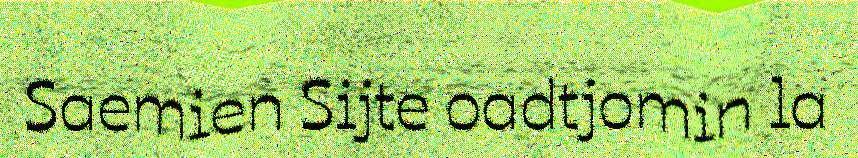
Saemien Sijte oadtjomin la